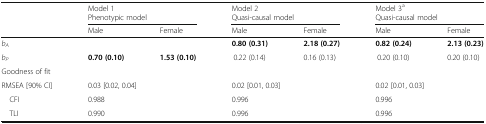
| <ROWSPAN=3>  | <COLSPAN=2> Model 1 | <COLSPAN=2> Model 2 | <COLSPAN=2> Model 3a |
 | <COLSPAN=2> Phenotypic model | <COLSPAN=2> Quasi-causal model | <COLSPAN=2> Quasi-causal model |
 | Male | Female | Male | Female | Male | Female |
 | --- | --- | --- | --- | --- | --- | --- |
 | bA |  |  | 0.80 (0.31) | 2.18 (0.27) | 0.82 (0.24) | 2.13 (0.23) |
 | bP | 0.70 (0.10) | 1.53 (0.10) | 0.22 (0.14) | 0.16 (0.13) | 0.20 (0.10) | 0.20 (0.10) |
 | <COLSPAN=7> Goodness of fit |
 | RMSEA [90% CI] | <COLSPAN=2> 0.03 [0.02, 0.04] | <COLSPAN=2> 0.02 [0.01, 0.03] | <COLSPAN=2> 0.02 [0.01, 0.03] |
 | CFI | <COLSPAN=2> 0.988 | <COLSPAN=2> 0.996 | <COLSPAN=2> 0.996 |
 | TLI | <COLSPAN=2> 0.990 | <COLSPAN=2> 0.996 | <COLSPAN=2> 0.996 |